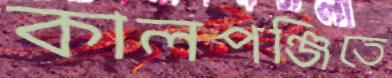
কালপঞ্জিতে